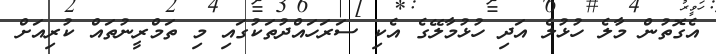
އެގޮތުން މާލެ ހުޅުލެ އަދި ހުޅުމާލޭގެ އެކި ސަރަހައްދުތަކުގައި މި ތަމްރީނުތައް ކުރިއަށް